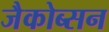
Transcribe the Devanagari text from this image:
जैकोब्सन